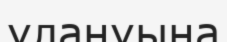
улануына